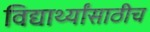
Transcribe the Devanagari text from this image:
विद्यार्थ्यांसाठीच